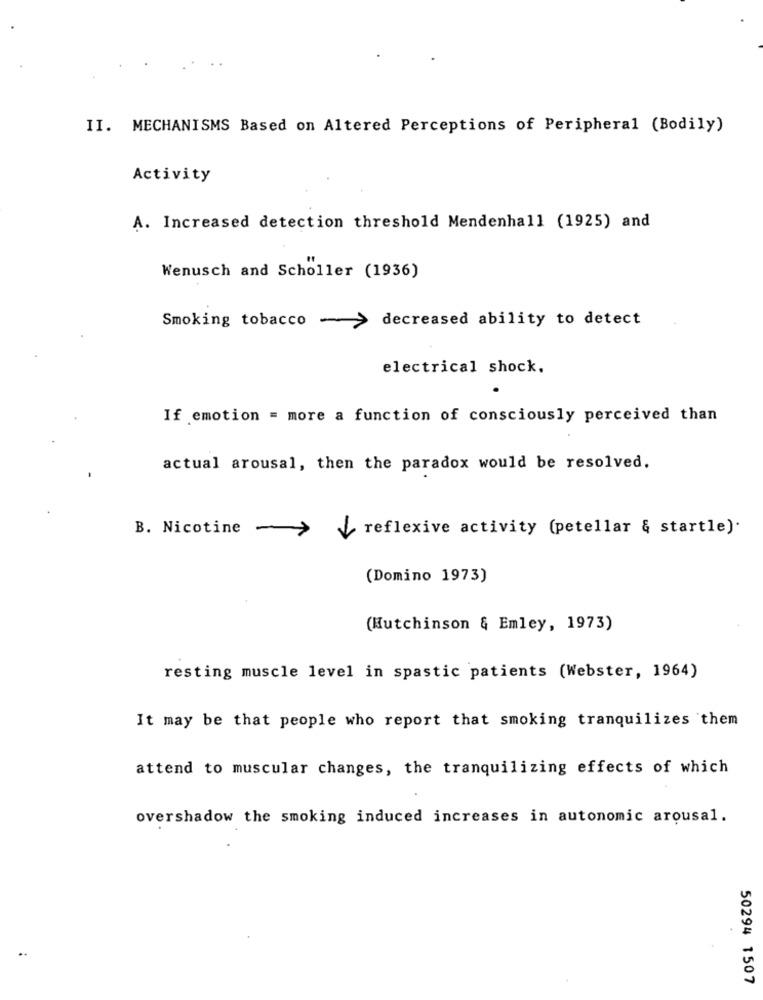
II. MECHANISMS Based on Altered Perceptions of Peripheral (Bodily)
Activity
A. Increased detection threshold Mendenhall (1925) and
Wenusch and Scholler (1936)
Smoking tobacco - > decreased ability to detect
electrical shock.
If emotion = more a function of consciously perceived than
actual arousal, then the paradox would be resolved.
B. Nicotine
reflexive activity (petellar & startle).
(Domino 1973)
(Hutchinson & Emley, 1973)
resting muscle level in spastic patients (Webster, 1964)
It may be that people who report that smoking tranquilizes them
attend to muscular changes, the tranquilizing effects of which
overshadow the smoking induced increases in autonomic arousal.
50294 1507